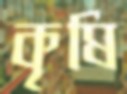
কৃষি